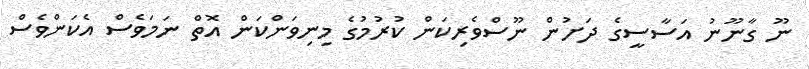
ނޫ ގާނޫނު އަސާސީގެ ދަށުން ނޫސްވެރިކަން ކުރުމުގެ މިނިވަންކަން އޮތް ނަމަވެސް އެކަންވެސް